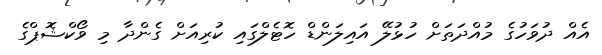
އެއް ދުވަހުގެ މުއްދަތަށް ހުޅުލޭ އައިލަންޑް ހޮޓެލްގައި ކުރިއަށް ގެންދާ މި ވޯކްޝޮޕްގެ